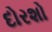
દોરશો